Tallinna_kinnistusamet, lk 65
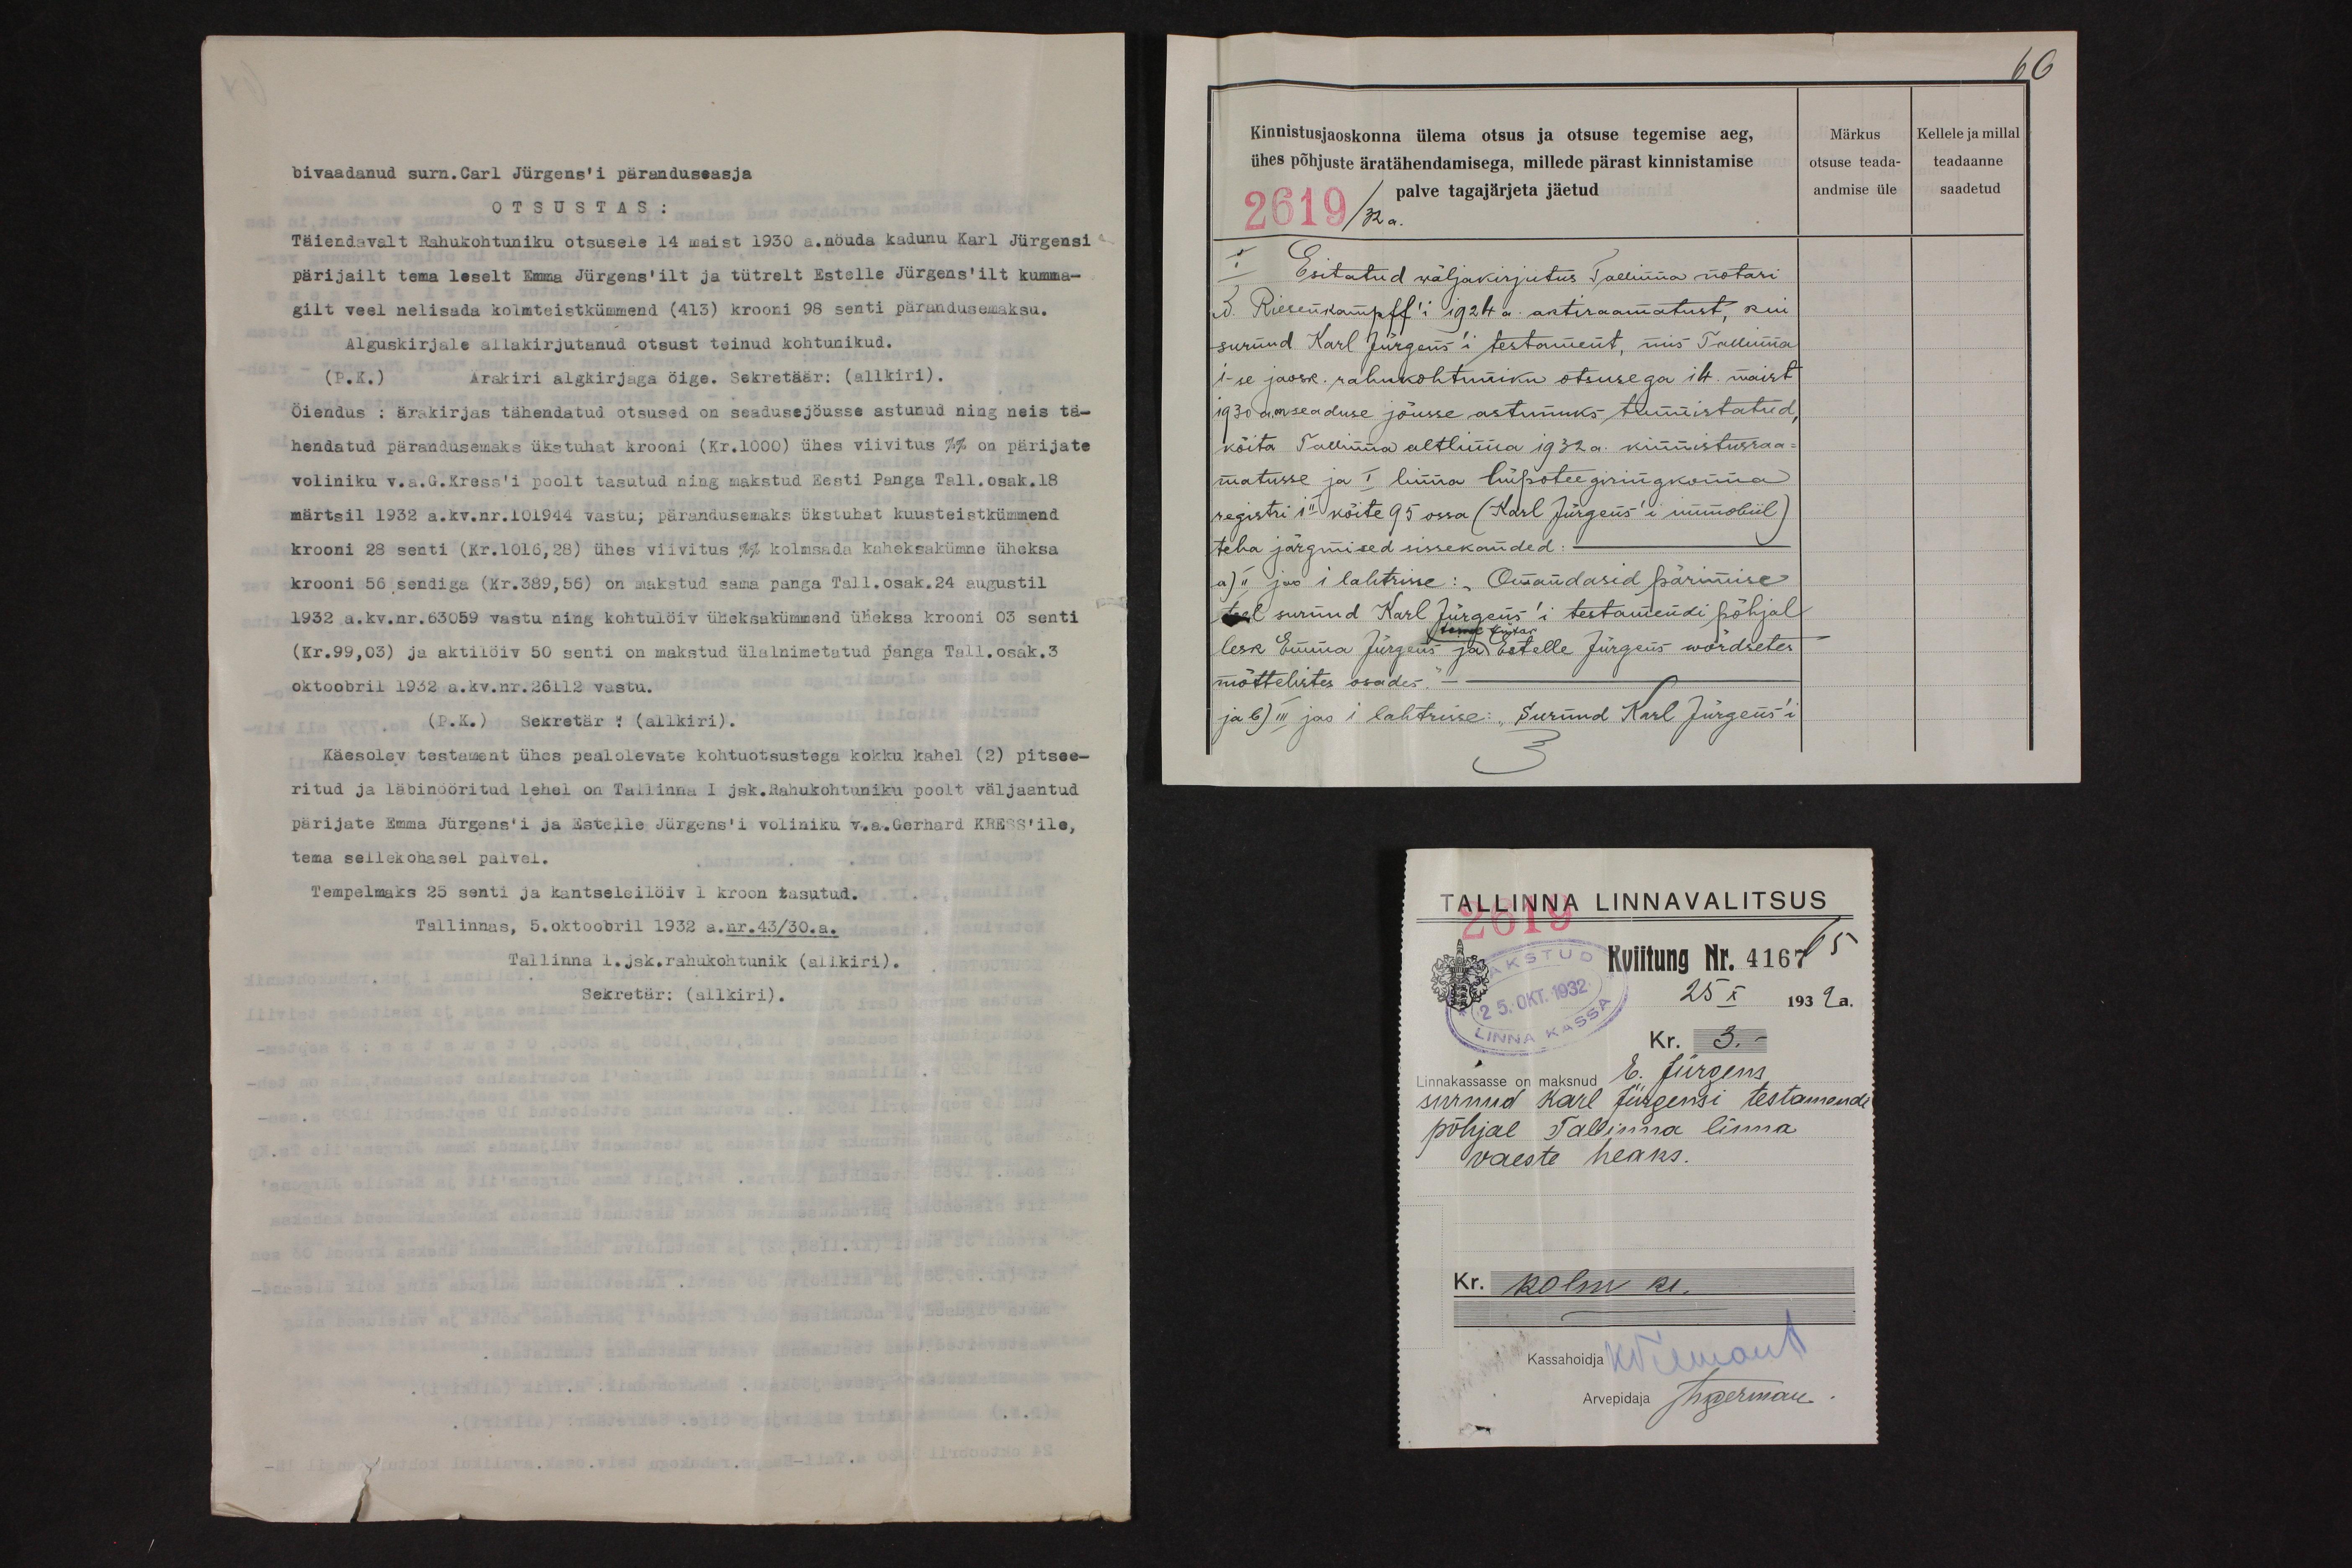
bivaadanud surn. Carl Jürgens'i päranduseasja
OTSUSTAS:
Täiendavalt Rahukohtuniku otsusele 14 maist 1930 a. nöuda kadunu Karl Jürgensi
pärijailt tema leselt Emma Jürgens'ilt ja tütrelt Estelle Jürgens'ilt kumma-
gilt veel nelisada kolmteistkümmend (413) krooni 98 senti pärandusemaksu.
Alguskirjale allakirjutanud otsust teinud kohtunikud.
(P.K.) Ärakiri algkirjaga öige. Sekretäär (allkiri).
Öiendus: ärakirjas tähendatud otsused on seadusejöusse astunud ning neis tä-
hendatud pärandusemaks ükstuhat krooni (Kr. 1000) ühes viivitus %% on pärijate
voliniku v.a. G. Kress'i poolt tasutud ning makstud Eesti Panga Tall. osak. 18
märtsil 1932 a. kv. nr. 101944 vastu; pärandusemaks ükstuhat kuusteistkümmend
krooni 28 senti (Kr. 1016,28) ühes viivitus %% kolmsada kaheksakümne üheksa
krooni 56 sendiga (Kr. 389,56) on makstud sama panga Tall. osak. 24 augustil
1932 a. kv. nr. 63059 vastu ning kohtulöiv üheksakümmend üheksa krooni 03 senti
(Kr. 99,03) ja aktilöiv 50 senti on makstud ülalnimetatud panga Tall. osak. 3
oktoobril 1932 a. kv. nr. 26112 vastu.
(P.K.) Sekretär: (allkiri).
Käesolev testament ühes pealolevate kohtuotsustega kokku kahel (2) pitsee-
ritud ja läbinööritud lehel on Tallinna I jsk.Rahukohtuniku poolt väljaantud
pärijate Emma Jürgens'i ja Estelle Jürges'i voliniku v.a. Gerhard KRESS'ile,
tema sellekohasel palvel.
Tempelmaks 25 senti ja kantseleilöiv 1 kroon tasutud.
Tallinnas, 5. oktoobril 1932 a. nr. 43/30. a.
Tallinna 1. Jsk. rahukohtunik (allkiri).
Sekretär: (allkiri).

Kinnistusjaoskonna ülema otsus ja otsuse tegemise aeg,
ühes põhjuste äratähendamisega, millede pärast kinnistamise
2619/32 a.
palve tagajärjeta jäetud
I Esitatud wäljakirjutus Tallinna notari
G. Riesenkampff'i 1924 a. aktiraamatust, kui
surnud Karl Jürgens'i testament, mis Tallinna
1-se jaosk. rahukohtuniku otsusega 14. maist
1930 a. on seaduse jõusse astunuks tunnistatud
köita Tallinna altlinna 1932 a. kinnistusraa-
matusse ja I linna hüpoteegiringkonna
registri 1 II kõite 95 ossa (Karl Jürgens'i immobiil)
teha järgmised sissekanded:
a) II jao 1 lahtrisse: "Omandasid pärimise
teel surnud Karl Jürgens'i testamendi põhjal
lesk Emma Jürgens ja Estelle Jürgens wõrdsetes
tema tütar
mõttelistes osades
ja b) III jao 1 lahtrisse: "Surnud Karl Jürgens'i

Märkus
otsuse teada-
andmise üle

60
Kellele ja millal
teadaanne
saadetud

Tallinna LINNAVALITSUS
2619
Kviitung Nr. 4167 65
25 X 1932 a.
Kr. 3.-
linnakassasse on maksnud E. Jürgens
surnud Karl Jürgensi testamendi
põhjal Tallinna linna
vaeste heaks.
Kr. kolm kr.
kassahoidja K. Meemann
Arvepidaja Therman